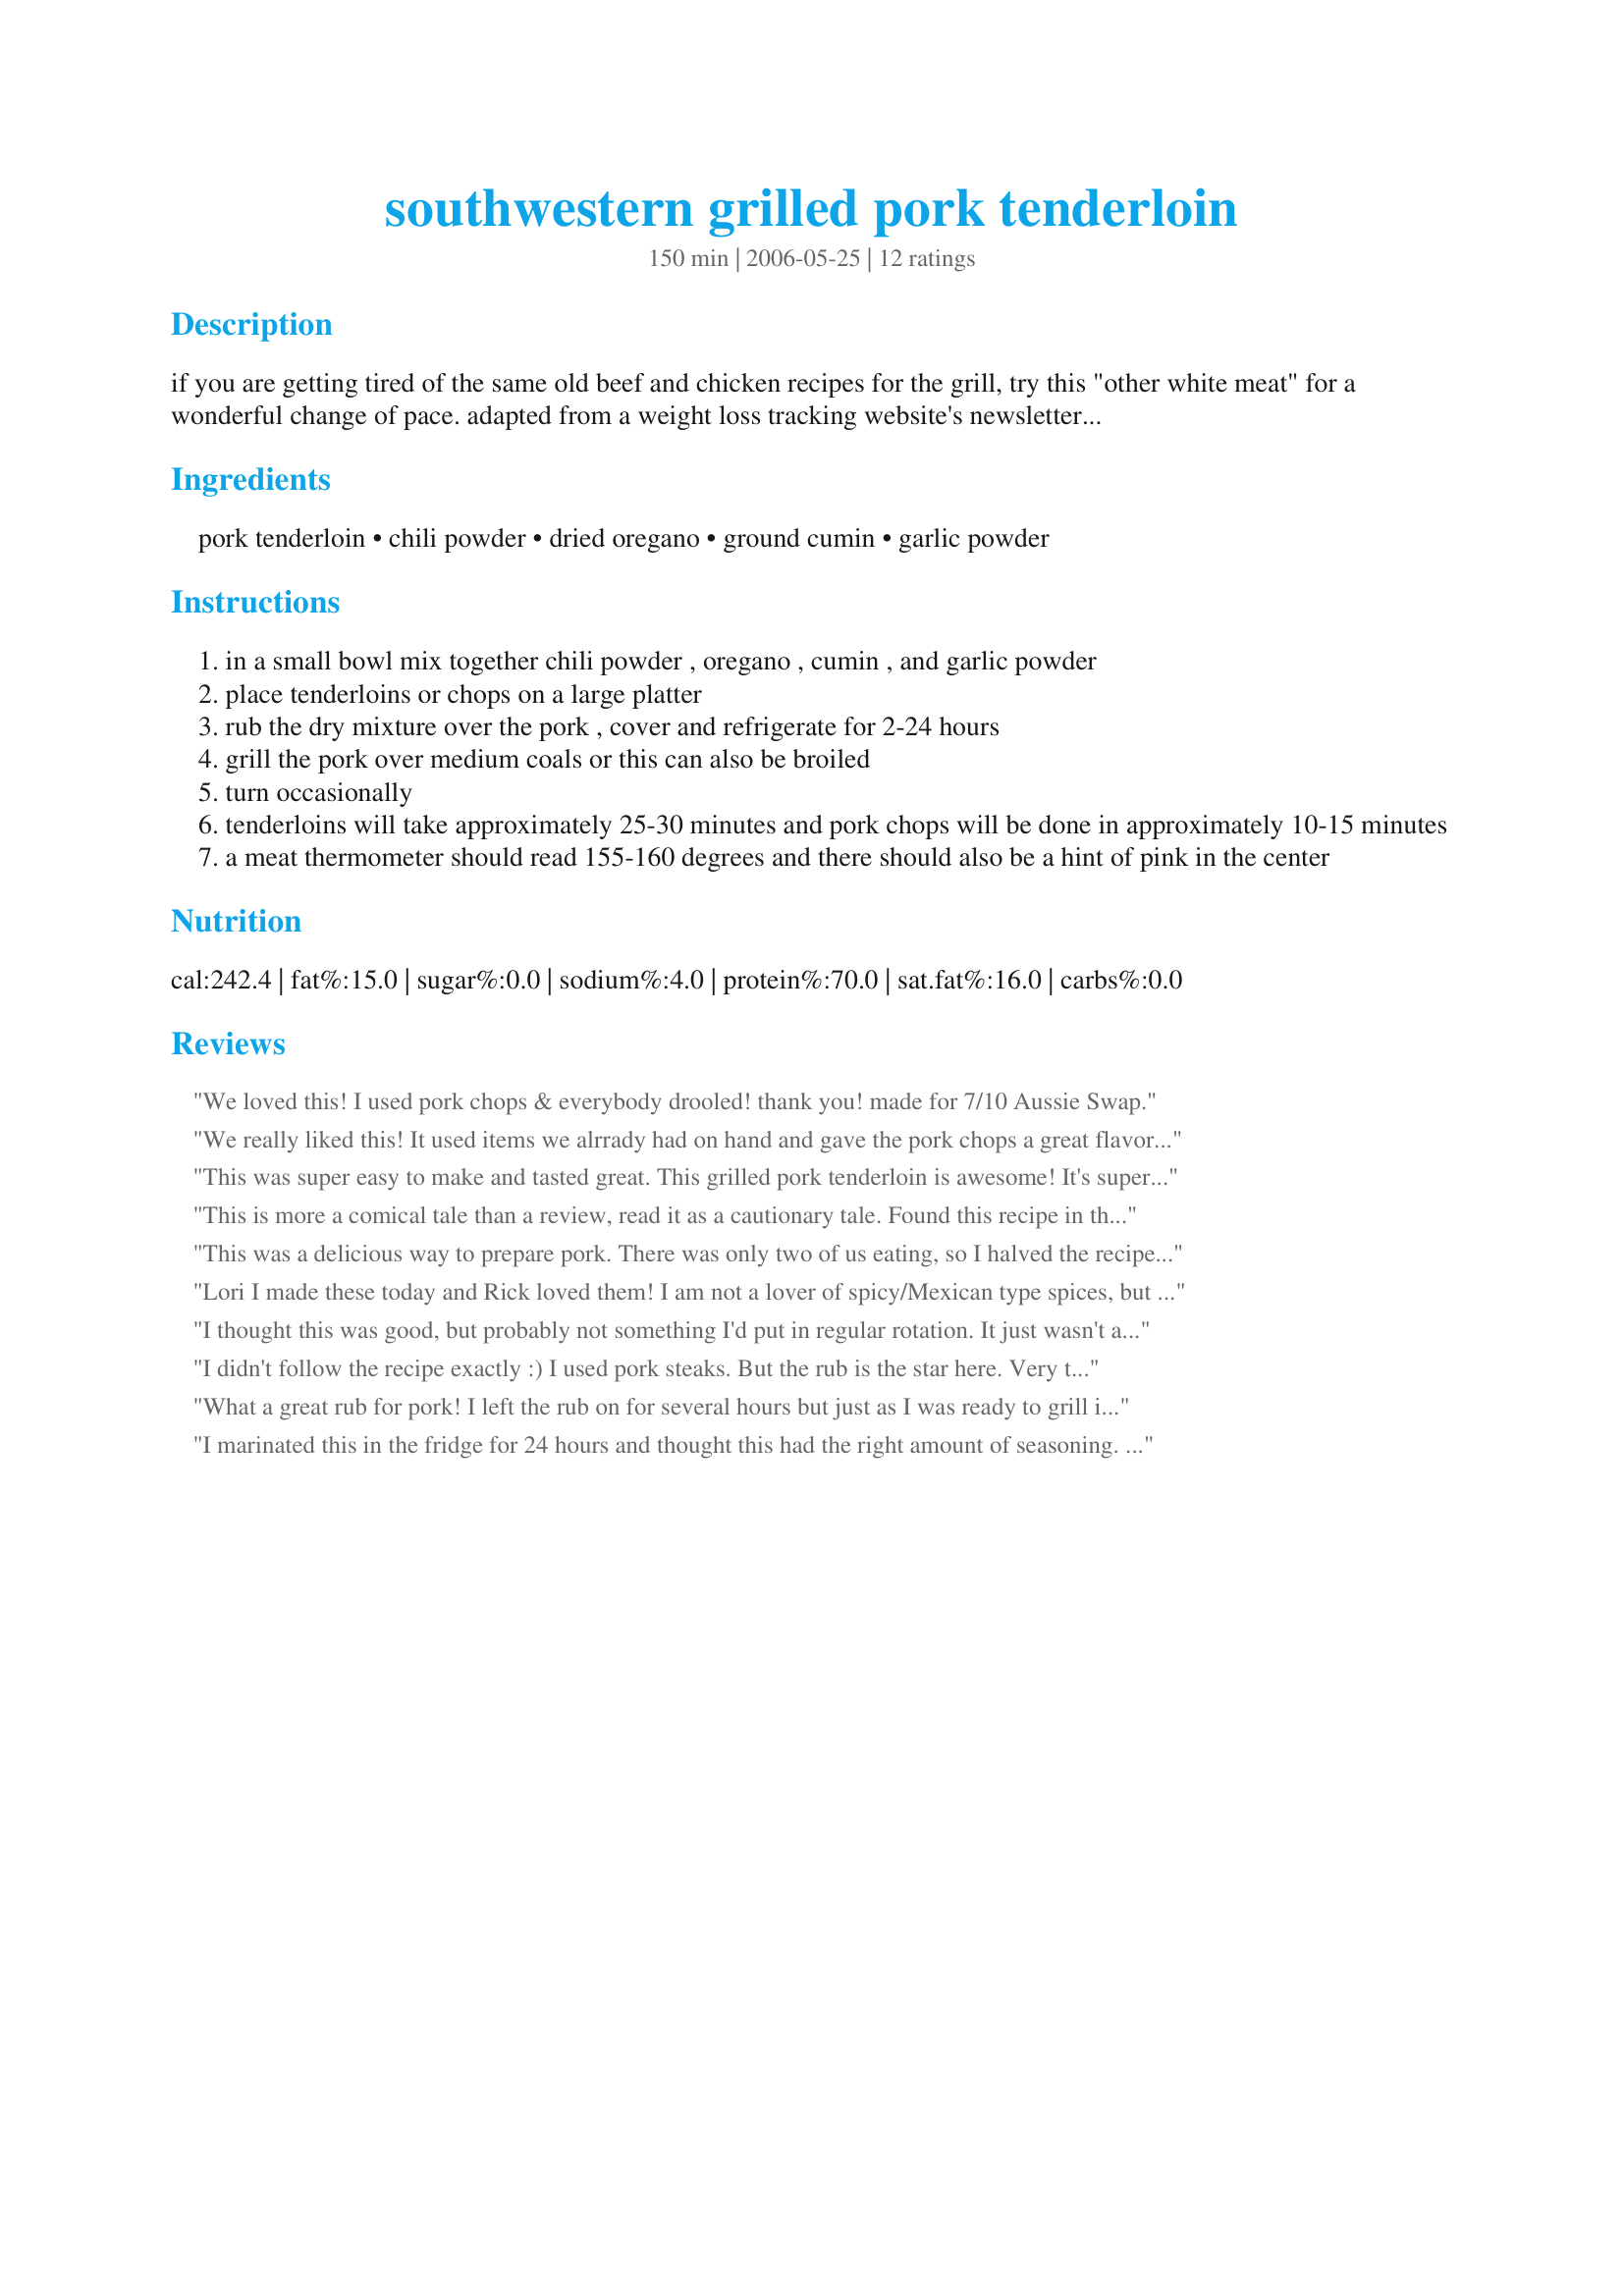
southwestern grilled pork tenderloin
Preparation time: 150 minutes

if you are getting tired of the same old beef and chicken recipes for the grill, try this "other white meat" for a wonderful change of pace. adapted from a weight loss tracking website's newsletter. preparation includes time pork will be in the refrigerator.

Ingredients:
pork tenderloin, chili powder, dried oregano, ground cumin, garlic powder

Steps:
in a small bowl mix together chili powder , oregano , cumin , and garlic powder
place tenderloins or chops on a large platter
rub the dry mixture over the pork , cover and refrigerate for 2-24 hours
grill the pork over medium coals or this can also be broiled
turn occasionally
tenderloins will take approximately 25-30 minutes and pork chops will be done in approximately 10-15 minutes
a meat thermometer should read 155-160 degrees and there should also be a hint of pink in the center

Reviews:
We loved this! I used pork chops & everybody drooled! thank you! made for 7/10 Aussie Swap.
We really liked this! It used items we alrrady had on hand and gave the pork chops a great flavor! I let the chops sit in the fridge for about 8 hours and we cooked these on our little propane grill. Yummy! Very quick and easy to make and the seasoning was just enough for the 5 big pork chops we had. Thanks for posting!!
This was super easy to make and tasted great. This grilled pork tenderloin is awesome! It's super flavorful, too. Thank you!
This is more a comical tale than a review, read it as a cautionary tale. Found this recipe in the deadof winter and decided to prepare my very first pork tenderloin recipe in the broiler. Made the rub and carefully wrapped the cut in plastic wrap and let it sit in the fridge all day. Twenty minutes before cooking, I took it out to let it warm a bit so as not to shock the meat. Placed it in the broiler and a few minutes later noticed a burning smell. The meat was to close to the heating element and the rub was smoking and near aflame. Moved it to a lower rack and continued to cook the other side. Meat reached 160 and was removed from the oven. Having never cooked a pork tenderloin before, I didn't know that the cut would continue to cook after being removed. Sigh. Despite these mishaps, dinner was good. The flavors of the rub were superb and penetrated the pork quite nicely. It was a little bit spicy from the chili powder and a little smoky from the cumin. And, even in their carbonized state created a nice crust on the meat. Now I can't wait to try this again to see what it would taste like with an uneventful preparation. Thanks Lauralie.
This was a delicious way to prepare pork. There was only two of us eating, so I halved the recipe and used 3 pork chops. I put the rub on the chops and let them sit in the refrigerator for about 7 hours. They came off of the grill tender and very flavorful. **Made for 2016 Culinary Quest - the Azores for the Pi Rho Maniacs**
Lori I made these today and Rick loved them! I am not a lover of spicy/Mexican type spices, but I did try one and they were very flavorful and tender. I used the whole recipes but only had 4 good sized bonless thick chops. I rubbed them and wrapped in plastic and they sat in the fridge for almost 2 days. I did them on the grill with a quick seer on each side then put them on indirect heat to slightly finish cooking. They were great and Rick took the last one in a bun to work to heat for his supper....LOL he promised to eat it as he went thru South Bend as a salute! Thanks!
I thought this was good, but probably not something I'd put in regular rotation. It just wasn't as spicy as I thought it was going to be.
I didn't follow the recipe exactly :) I used pork steaks. But the rub is the star here. Very tasty. I only "marinated" 2 hours, but the steaks were thin. Since it is cold and dreary here I used the Foreman Grill to cook them. I am going to try this again with tenderloins, on the Farberware rotisserie.
What a great rub for pork! I left the rub on for several hours but just as I was ready to grill it started to pour rain so I made it under the broiler. Definitely a 'make again' recipe! Made for CQ4
I marinated this in the fridge for 24 hours and thought this had the right amount of seasoning. I liked that it was fast and easy to make. Thanks for posting. Made for ZWT5.
I used 2 pork tenderloins. My BF sliced them. And then put the rub on each slices. It was delicious. And it's so easy and fast to do. Thanks Lauralie :)
The good thing about this recipe is that most likely you won't have to buy anything but the meat. My husband grilled this and it was very good. The flavor combinations were different than what I am use to. They were a different taste bud sensation for me, I think it is one of those recipes you need to try a couple different times to really garner what you think about it. I think that this will be one that I will like, I have to get use to the flavors together. The rest of the family really liked it, I am guessing since they all scarfed it down and didn't say anything but grunting noises as they scarfed.
